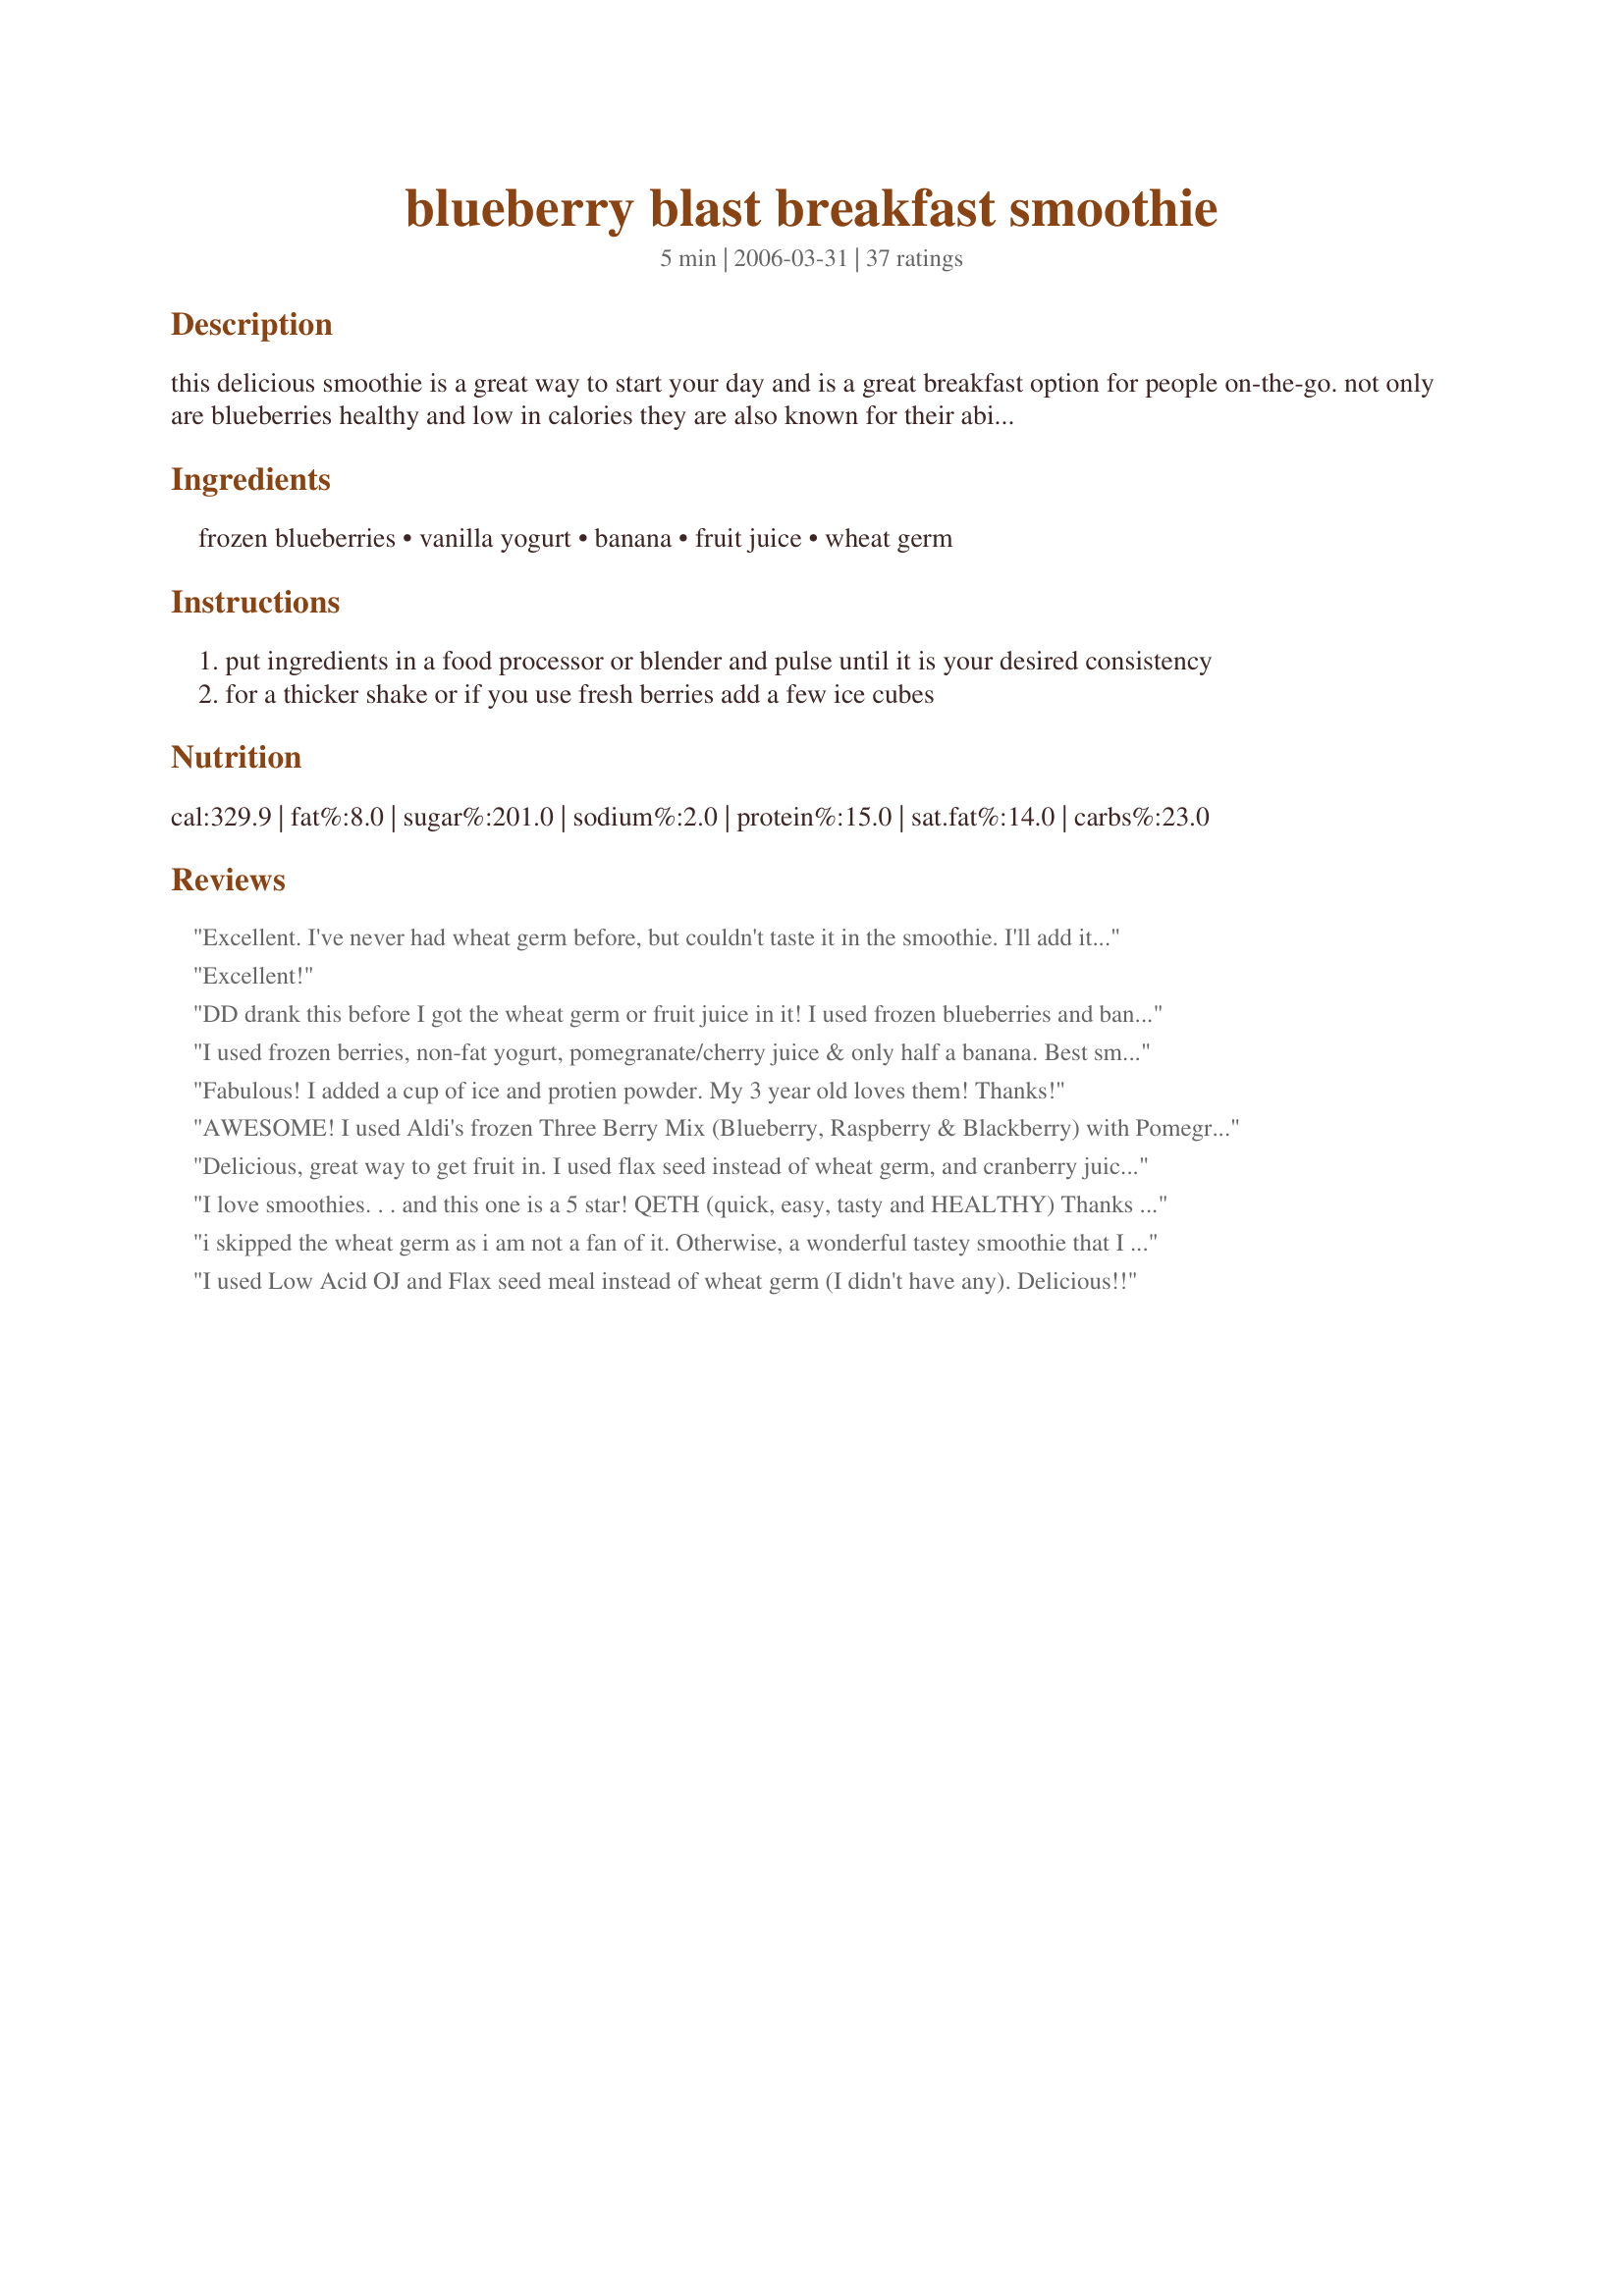
blueberry blast breakfast smoothie
Preparation time: 5 minutes

this delicious smoothie is a great way to start your day and is a great breakfast option for people on-the-go. not only are blueberries healthy and low in calories they are also known for their ability to destroy free radicals. bananas are loaded with potassium and low in sodium which is great news for the healthy heart-conscious consumer. this excellent potassium-packed breakfast or pre-workout snack is perfect for athletes. use organic products when possible for the best taste and healthier smoothie. enjoy!

Ingredients:
frozen blueberries, vanilla yogurt, banana, fruit juice, wheat germ

Steps:
put ingredients in a food processor or blender and pulse until it is your desired consistency
for a thicker shake or if you use fresh berries add a few ice cubes

Reviews:
Excellent. I've never had wheat germ before, but couldn't taste it in the smoothie. I'll add it again in the future because it makes this drink SUPER nutritious. I can't believe how sweet it was with no sugar (other than the yogurt) in it.
Excellent!
DD drank this before I got the wheat germ or fruit juice in it! I used frozen blueberries and banana.
I used frozen berries, non-fat yogurt, pomegranate/cherry juice & only half a banana. Best smoothie I've had.
Fabulous! I added a cup of ice and protien powder. My 3 year old loves them! Thanks!
AWESOME! I used Aldi's frozen Three Berry Mix (Blueberry, Raspberry & Blackberry) with Pomegranate Blueberry Juice. I threw in the whole small container of vanilla yogurt (which is slightly more than 1/2 cup) so I added an extra handful of frozen berries to it. Perfect texture and smoothness. Nice blend of flavors. And I love how not only do I get a serving of fruit, but also some dairy from the yogurt and an extra punch of fiber & protein from the wheat germ (by the way, you can't taste the wheat germ, it just adds some extra nutrition). You can pretty much experiment with the flavor of yogurt or juice to your liking. I also like that with my combo, the banana flavor is subtle... you taste way more of the berry and thats how I personally like it. I will make this many, many times again. Thanks for sharing!
Delicious, great way to get fruit in. I used flax seed instead of wheat germ, and cranberry juice to thin out the smoothie. Thanks for sharing.
I love smoothies. . . and this one is a 5 star! QETH (quick, easy, tasty and HEALTHY)

Thanks for sharing
i skipped the wheat germ as i am not a fan of it. Otherwise, a wonderful tastey smoothie that I will look forward to making again and again. Thanks
I used Low Acid OJ and Flax seed meal instead of wheat germ (I didn't have any). Delicious!!
Yummy. I used flax seed instead of wheat germ and depending on the size and firmness of the banana I might add a little more juice so the smoothie's not too chewy. Even my picky 3 year old loves to have this for breakfast, and she can help make it too. You also can't beat the way you feel when you have such a healthy breakfast.
This was super delicious i had a mix of fresh and frozen blueberries on hand and used Apple juice and some honey wheat germ that I had. Thanks NcMS
Wow, this WAS awesome! I didn't think it could be nearly as good as the other reviews sounded, but it truly was! And I loved the juice in it (we used white grape) because it made it much more "soupy" rather then thick like some smoothies turno ut to be! Usually when we make smoothies, I have to add a ton of sugar for my kids to like it, but this was perfect just as it's listed. We'll definitely be making this again!
Very good smoothie! The flavor was rich and the texture creamy. I have a magic bullet and this worked out great. I will definitely make again. Thanks for posting!
I made this smoothie this morning for me and my family. The recipe itself is very versatile and we did change some of the fruits up a bit. One of the twins liked just the yogurt and banana smoothie, while the other liked the blueberry and strawberry smoothie! Thank you for sharing this great smoothie recipe, it worked like a charm! I used frozen blueberries from our trip to Michigan last summer, I think they just made the smoothie that much better :)
Yum! I made this for breakfast yesterday. I was running late & was looking for something I could drink on the way to work. I did not use any wheat germ, and used apple juice in my mix. Thanks for sharing :)
I use this smoothie about 2-3 times a week for breakfast and I love it. :)

Wheat germ and everything.
Pom cherry juice is the best with this smoothie. Should be rated six stars! &lt;br/&gt;My husband and I have made lots of smoothies over the years and this is the best one!
I followed the recipe exact except for using o.j. It was either that or pineapple juice that I had on hand. Either would have worked fine. Very good, refreshing and as you say packed w/all the good stuff. This would definitely work b/f running the 5-k's I enjoy doing.!!
I just got done enjoying this wonderful treat. I bought a pint of blueberries yesterday at the store and wanted to try this recipe. I used a 6 oz. container of Yoplain fat free very vanilla yogurt. I used Fuze brand Tropical Punch as the juice and omitted the wheat germ (didn't have any). I also added about 1 tablespoon on Splenda, only because my blueberries were not very sweet. With my diet, I only had to count one dairy and one fruit. I will use the recipe often. Thank you for sharing your recipe.
We used organic plain yogurt (full-fat) and orange juice and it still tasted great. A wonderful tasting recipe--also beautiful to look at!
The flavor is so delicious!
Nummers! I made this for my boys this afternoon and they loved it. I doubled the recipe and used Non-fat plain yogurt with a spash of vanilla and left out the wheat germ because I was out and then added a few ice cubes. Delish and very healthy. Thanks for sharing!
This smoothie is truly a delightful breakfast treat. I used frozen blueberries, a frozen banana with low-fat blueberry yogurt. The juice was a strawberry-banana blend. The wheat germ added a touch of extra fiber. I thoroughly enjoyed it.
We really love blueberries!! We had these today and really enjoyed them. Next time I probably wont add the wheat germ or at least decrease it. Not too sweet not to tart just perfect!!!!! Thanks for posting!!
I made this using grape juice and Greek yogurt (full-fat) not only is it a lovely colour, it's absolutely delicious! I used a frozen banana, and omitted the wheat germ, I also added in a small amount of sugar, what a great recipe, thanks for sharing hon!...Kitten:)
Really tasty! I didn't have wheat germ or those juices so I used orange juice. Still turned out good- but I bet it would have been better with grape or apple. Excellent!
A wonderful fruit smoothie! I love how it is so sweet without even adding sugar.
I sliced up a banana and froze it, used fresh blueberries and added a couple of ice cubes.
Delicious!
What a great drink! I used 1 1/2 large bananas & got the thickness that I wanted! Next time I'll have to try it with a different fruit juice ~ potentially endless combinations, & so easy to make! Many thanks!
Creamy and superbly flavoursome! To make this truly in the spirit of the recipe, I used organic blueberries (fresh) and an organic banana, Greek yoghurt, orange and mango juice (also organic) and I used 1/2 tablespoon of wheatgerm and 1 tablespoon of flax seed meal (which is even more nutrition-packed than wheatgerm) and which brings a nice nutty flavour to smoothies. The organic fruits really had a great flavour! A wonderful smoothie, which I'll be making again. Thanks for sharing!


Made this with frozen banana and blueberry. Used fat free vanilla yogurt and blueberry pomegranate juice. Yummy. Tastey smoothie full of fiber.
What a yummy smoothie. My kids and I enjoyed this so much. I used white grape juice, fat free yogurt and frozen blueberries and it was delicious! I will make again.
I had this for lunch. I used frozen berries & banana, some leftover grapefruit juice & some protein powder along with the wheatgerm, very creamy, gorgeous colour & full of all those good antioxidants. Made for ZWT III
Loved this flavor combo! I used only 1/2 banana and MangoTango Odwalla juice. Thanks for posting!
Just drinking another one now! Just great! Thank you for sharing it.
A great way to get my fruit in the morning! I used orange juice. So good, thank you Cheryl!
I enjoyed this smoothie for a nice, healthy breakfast. I used fresh blueberries and banana, so I added extra ice to make it thicker and colder. I used a fresh mixed berry juice. Thanks for a great breakfast smoothie recipe!
